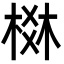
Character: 棥